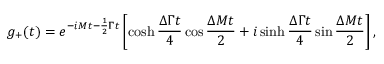
g _ { + } ( t ) = e ^ { - i M t - \frac { 1 } { 2 } \Gamma t } \left[ \cosh \frac { \Delta \Gamma t } { 4 } \cos \frac { \Delta M t } { 2 } + i \sinh \frac { \Delta \Gamma t } { 4 } \sin \frac { \Delta M t } { 2 } \right] ,